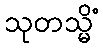
သုတသ္မိံ